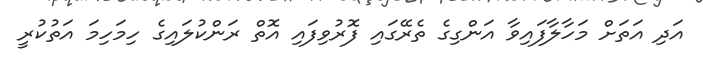
އަދި އަތަށް މަހާލާފައިވާ އަންގިގެ ތެރޭގައި ފޮރުވިފައި އޮތް ރަންކުލައިގެ ހިމަހިމަ އަތުކުރީ